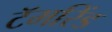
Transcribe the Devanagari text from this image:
टॅमरिंड